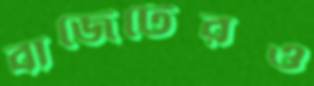
বাজেটেরও